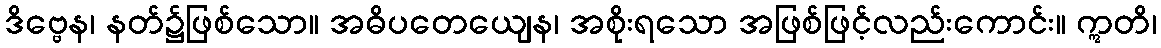
ဒိဗ္ဗေန၊ နတ်၌ဖြစ်သော။ အဓိပတေယျေန၊ အစိုးရသော အဖြစ်ဖြင့်လည်းကောင်း။ ဣတိ၊